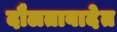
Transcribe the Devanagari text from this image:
दौलताबादेत